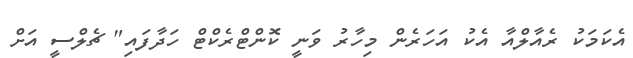
އެކަމަކު ރެއާލްއާ އެކު އަހަރެން މިހާރު ވަނީ ކޮންޓްރެކްޓް ހަދާފައި" ޗެލްސީ އަށް